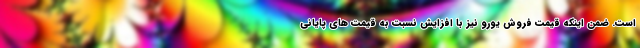
است. ضمن اینکه قیمت فروش یورو نیز با افزایش نسبت به قیمت های پایانی